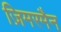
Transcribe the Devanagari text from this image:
ज़िमरमैन